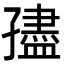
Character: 孻